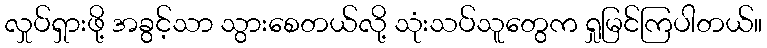
လှုပ်ရှားဖို့ အခွင့်သာ သွားစေတယ်လို့ သုံးသပ်သူတွေက ရှုမြင်ကြပါတယ်။